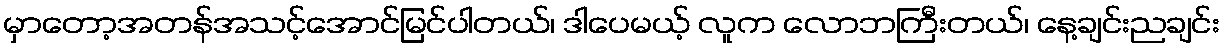
မှာတော့အတန်အသင့်အောင်မြင်ပါတယ်၊ ဒါပေမယ့် လူက လောဘကြီးတယ်၊ နေ့ချင်းညချင်း